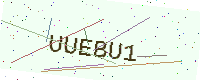
Text: UUEBU1